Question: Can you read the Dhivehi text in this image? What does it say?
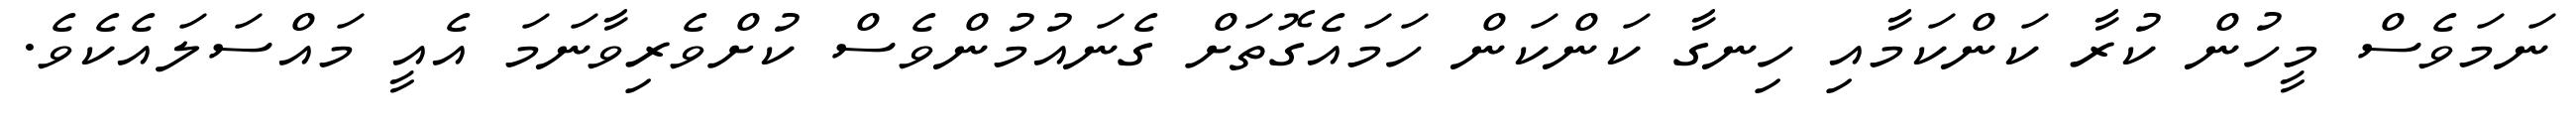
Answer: ނަމަވެސް މީހުން ކުރާ ކަންކަމާއި ހިނގާ ކަންކަން ހަމައެގޮތަށް ގެނައުމުންވެސް ކުށްވެރިވާނަމަ އެއީ މައްސަލައެކެވެ.